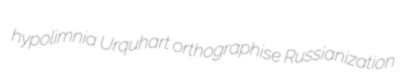
hypolimnia Urquhart orthographise Russianization